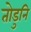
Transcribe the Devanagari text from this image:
तोडुनि